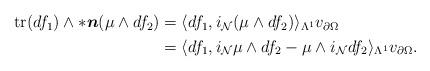
LaTeX: \begin{align*} \begin{aligned} \mathrm{tr}(df_{1})\wedge\ast\boldsymbol{n}(\mu\wedge df_{2})&=\langle df_{1},i_{\mathcal{N}}(\mu\wedge df_{2})\rangle_{\Lambda^{1}}v_{\partial\Omega}\\ &=\langle df_{1},i_{\mathcal{N}}\mu\wedge df_{2}-\mu\wedge i_{\mathcal{N}}df_{2}\rangle_{\Lambda^{1}}v_{\partial\Omega}. \end{aligned} \end{align*}